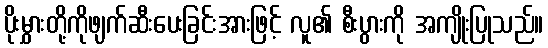
ပိုးမွှားတို့ကိုဖျက်ဆီးပေးခြင်းအားဖြင့် လူ၏ စီးပွားကို အကျိုးပြုသည်။